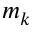
m _ { k }